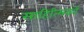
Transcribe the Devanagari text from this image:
साहित्‍यिकों